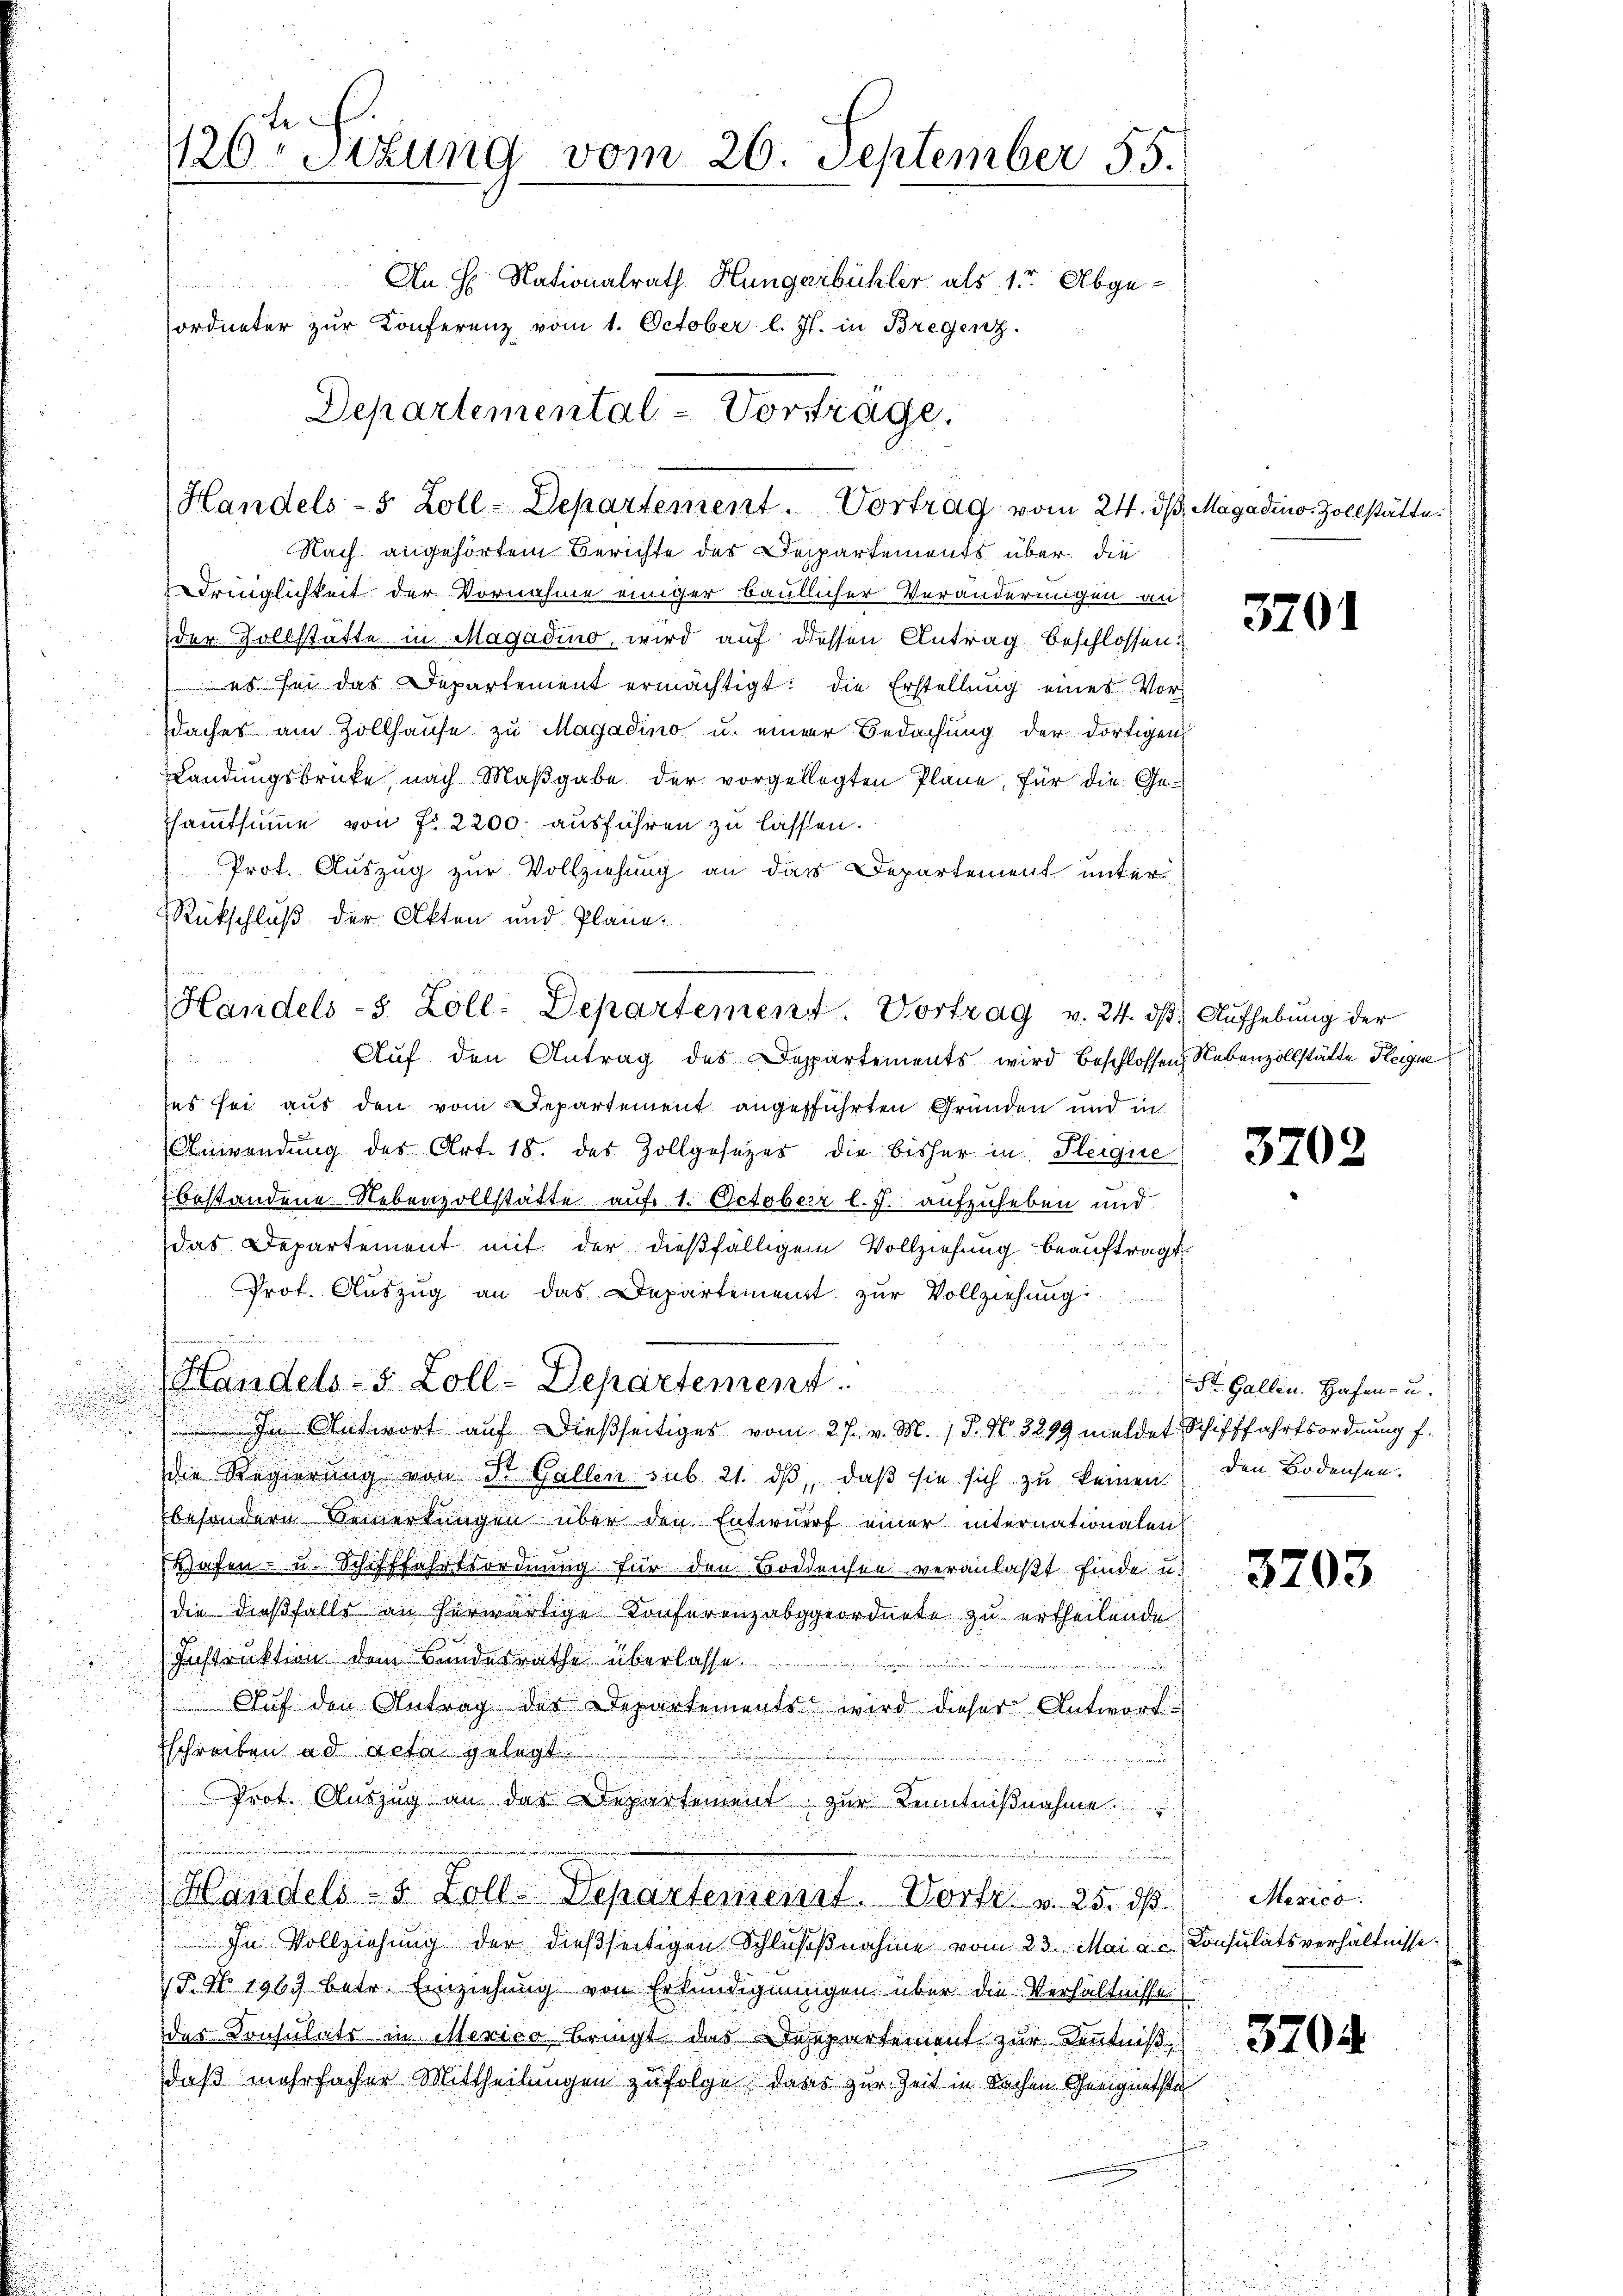
i

te
126. Sitzung vom 26. September 55.
An H. Nationalrath Hungerbühler als 1ter Abgeordneter zŭr Konferenz vom 1. October l. Js. in Bregenz

Nach angehörtem Berichte des Departements über die
dringlichkeit der Vornahme einiger baullicher Veränderungen an:
der Zollstätte in Magadino, wird auf diessen Antrag beschlossen:
es sei das Departement ermächtigt: die Erstellung eines Vordaches am Zollhause zu Magadino u. einer Bedachung der dortigen
Landungsbrücke, nach Maßgabe der vorgellegten Pläne, für die Gessammtsumme von fr. 2200. ausführen zu lassen.
Prot. Auszug zur Vollziehung an das Departement unter
Rückschluß der Akten und Pläne.
Auf den Antrag des Departements wird beschlossen Nebenzollstätte Peigie
les sei aus den vom Departement angefführten Gründen und in
Anwendung des Art. 18. des Zollgesezes die bisher in Fleigie
bestandene Nebenzollstätte auf 1. October l. J. aufzuheben und
das Departement mit der dießfälligem Vollziehung beauftragt,
Prof. Auszug an das Departement zur Vollziehung

Handels-S. Zoll-Departement
.
In Antwort auf dießseitiges vom 27. v. M. / P. N. 3299 meldet. Schifffahrtsordnung f.
.
die Regierung von Dr. Gallen sub 21. dβ, daß sie sich zu keinen
besondere Bemerkungen über den Entwurf einer internationalen
Hafen- u. Schifffahrtsordnung für den Bodensee veranlaßt finde u.
die dießfalls an herwärtige Konferenzabgeordnete zu ertheilende.
Instruktion dem Bandesrathe überlasse.

Auf den Antrag der Departements wird dieser Antwort¬
¬
sschreiben ad acta gelegt
Prot. Aŭszŭg an der Departement zŭr Kenntniβnahme
Handels- & Zoll-Departenrenzt. Dorf. v. 25. d. Medica
In Vollziehung der dießseitigen Schlussnahme vom 23. Mai a.c. Consulatsverhältnisse.
§. N. 1969 betr. Einziehung von Erkundignungen über die Verhältnisse
des Konsulats in Mexico bringt das Departement zur Kenntniß
daß mehrfacher Mittheilungen zufolge dass zur Zeit in Sachen Geeignetste

Departemental-Vortrage.

Handels- 5 Zoll-Departement. Vortrag vom 24. dβ, Magadino. Zollstätte.

Handels-8 Zoll-Departement. Vortrag v. 24. dβ Aŭfhebŭng der

3201

3702

St. Gallen. Hafen- u.
den Bodensen.

3703

3704.